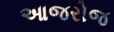
આજરોજ